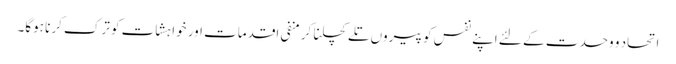
اتحاد و وحدت کے لئے اپنے نفس کو پیروں تلے کچلنا کر منفی اقدمات اور خواہشات کو ترک کرنا ہوگا۔